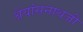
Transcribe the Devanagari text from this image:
श्रेयांसनाथजी